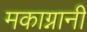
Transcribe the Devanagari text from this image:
मकाग्नानी